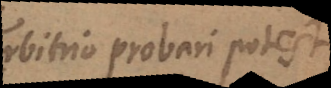
arbitrio probari potest;